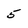
Character: 5